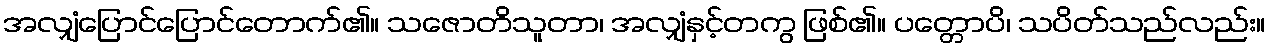
အလျှံပြောင်ပြောင်တောက်၏။ သဇောတိသူတာ၊ အလျှံနှင့်တကွ ဖြစ်၏။ ပတ္တောပိ၊ သပိတ်သည်လည်း။